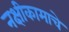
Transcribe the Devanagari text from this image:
नक्षीकामाचे